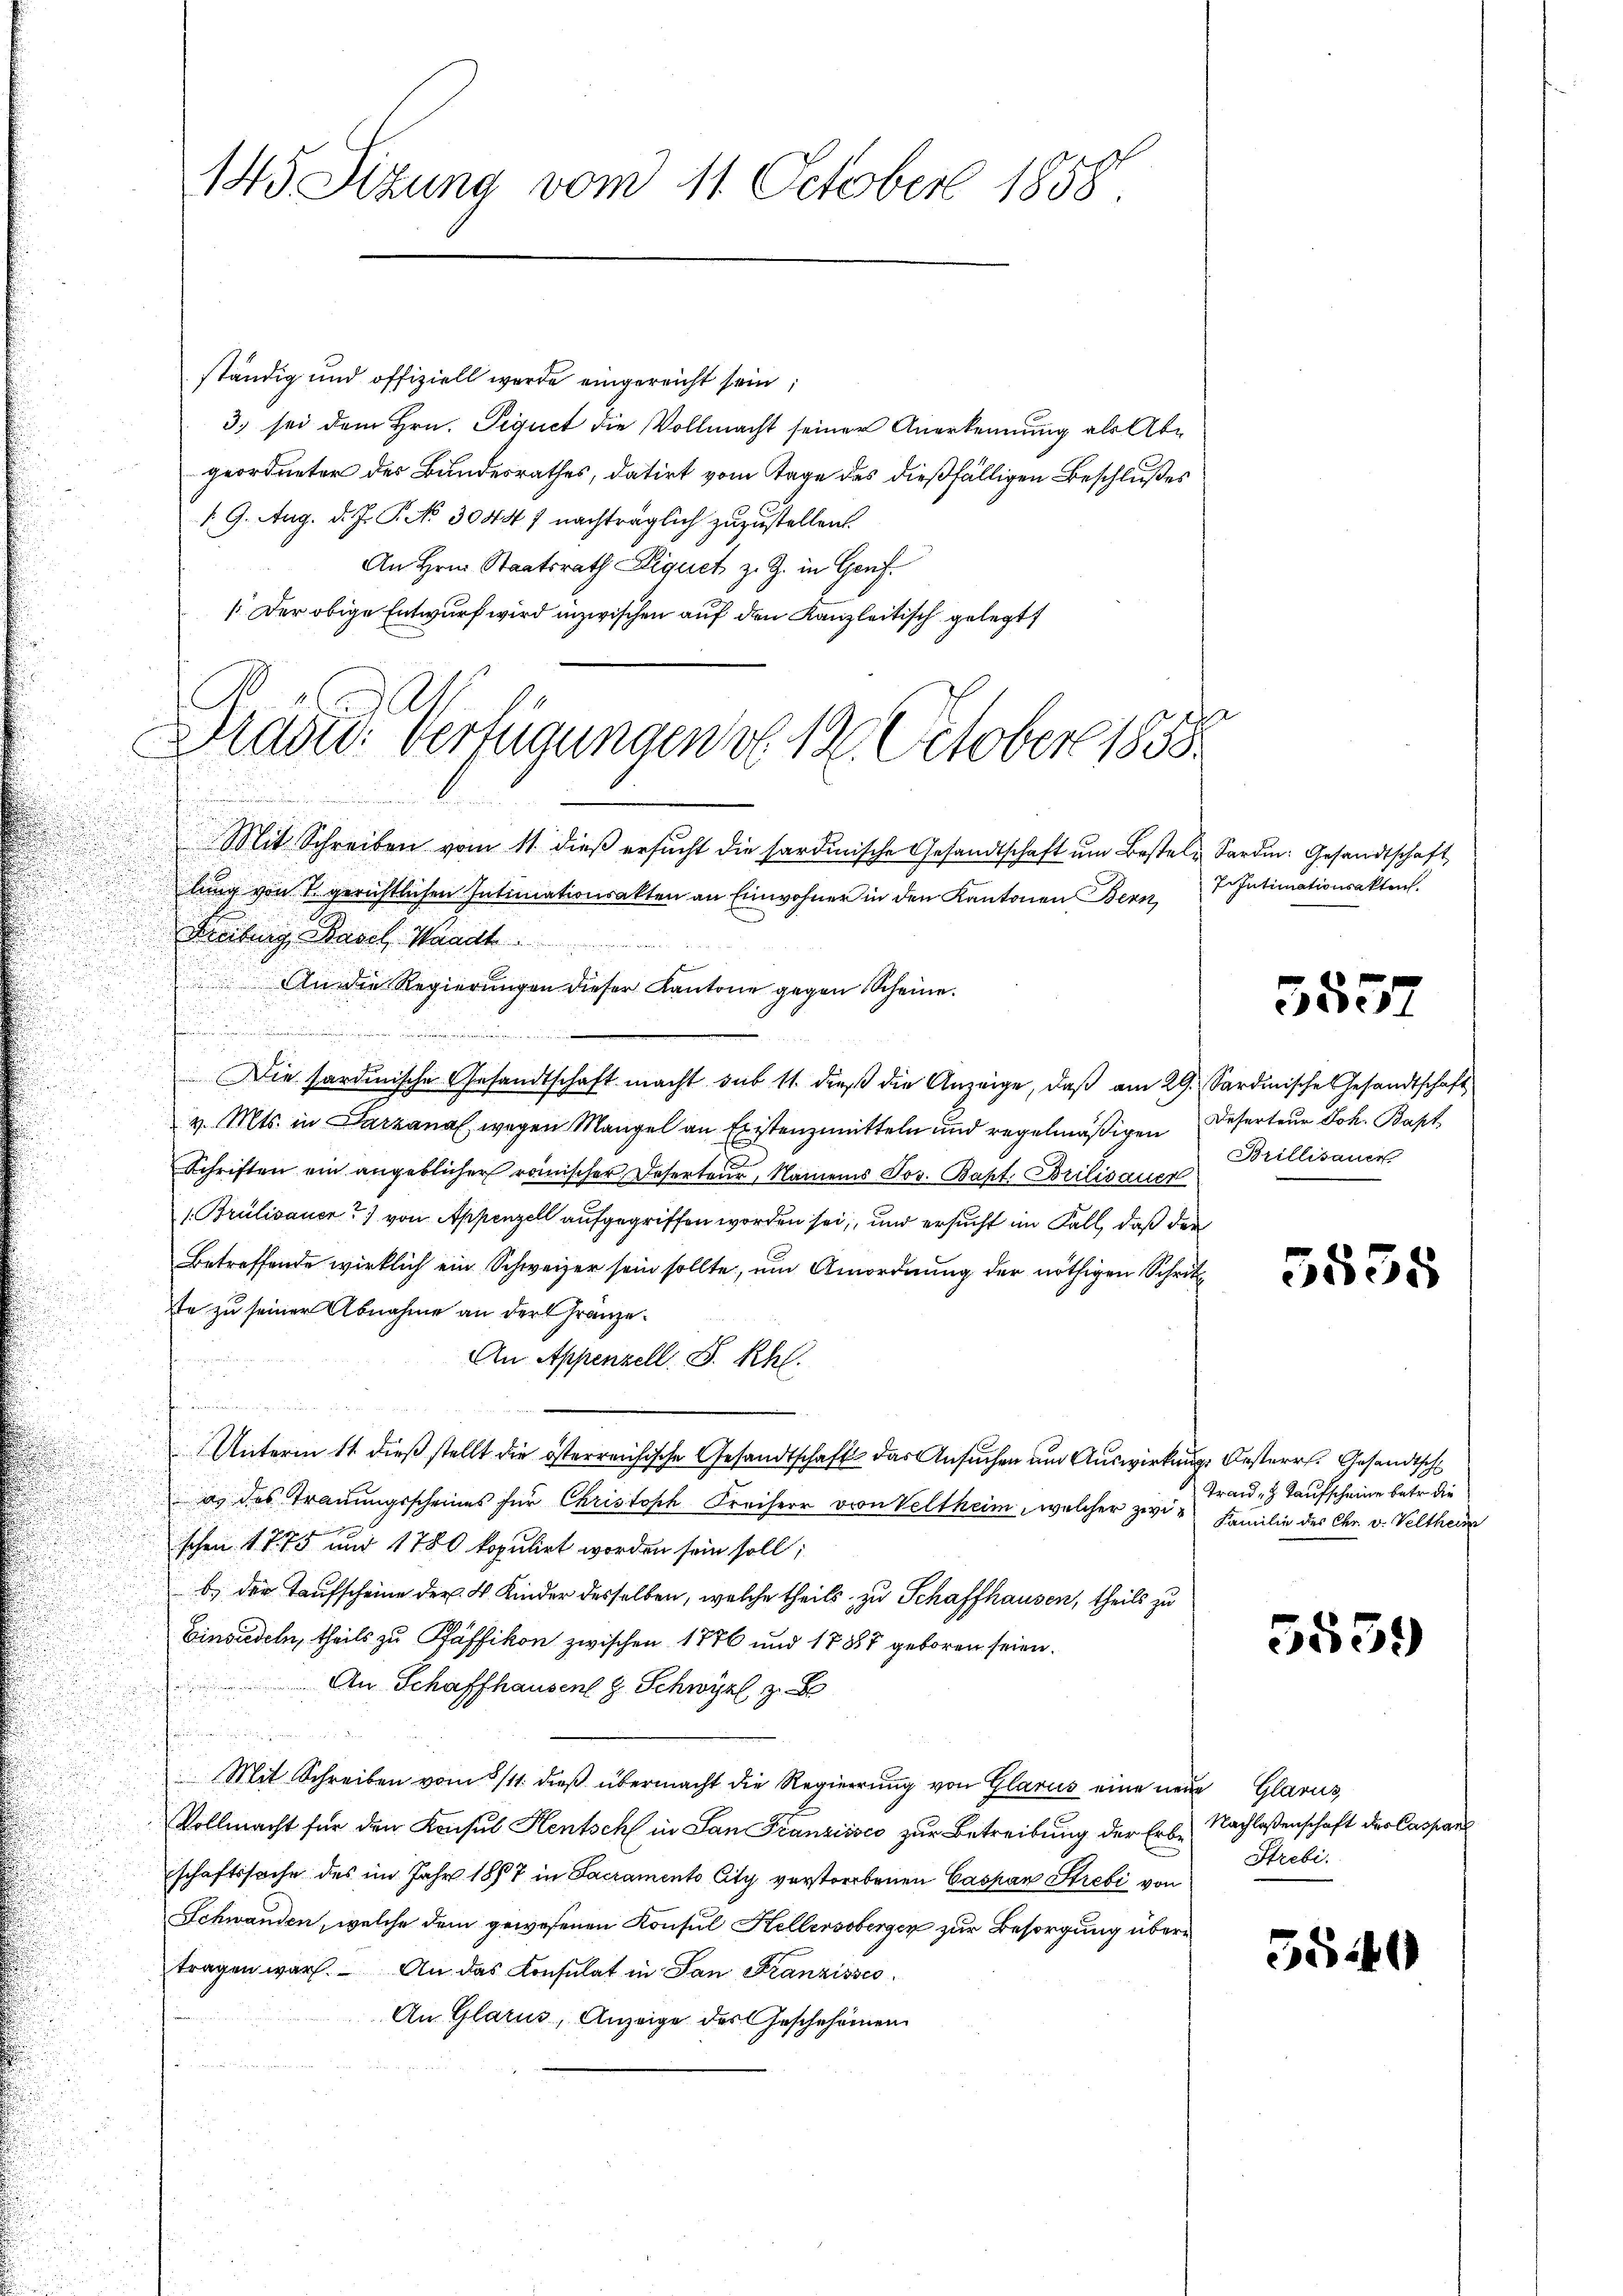
ständig und offiziell werde eingereicht sein;
3) sei dem Hrn. Piquet die Vollmacht seiner Anerkennung als Abgeordneter der Bundesrathes, datirt vom Tage des dießfälligen Beschlußes
§. 9. Aug. d. J. P. No 30447 nachträglich zuzustellen
An Hrn. Staatsrath Liquet z. Z. in Genf.
[Der obige Entwurf wird inzwischen auf den Kanzleitisch gelegt
Mit Schreiben vom 11. dieβ ersŭcht die sardinische Gesandtschaft ŭm Bestel Sardi. Gesandtschaft
lung von 2 gerichtlichen Intimationsakten an Einwohner in den Kantonen Bern,
Freiburg, Basel, Waadt
An die Regierungen dieser Kantone gegen Scheine.

.
menden
Die sardinische Gesandtschaft macht sub 11. dieβ die Anzeige, daβ am 29. Sardinische Gesandtschaft
v. Mts. in Parzanal wegen Mangel an Existenzmitteln und regelmäßigen Deserteur Joh. Bapt
Schriften ein angeblicher reinischer Deserteur, Namens Jos. Bapt. Brilisauer
1 Brulisauer von Appenzell aufgegriffen worden sei, und ersucht im Fall, daß der
Betreffende wirklich ein Schweizer sein sollte, um Anordnung der nöthigen Schritt
te zu seiner Abnahme an der Gränze¬
An Appenzell. D. Rhl.
Unterm 11. dieß stellt die österreichische Gesandtschaft das Ansuchen am Auswirkung Oesterr. Gesandtsch
a. des Trauungsscheines für Christoph Freiherr von Veltheim, welcher zwischon 1775 und 1780 kopulirt worden sein soll;
b.) der Taufscheine der 4 Kinder desselben, welche theils zu Schaffhausen, theils zu
Einsiedeln, theils zu Pfäffikon zwischen 1776 und 1787 geboren seien.
An Schaffhausen z. Schwyz z. B
Mit Schreiben vom 8/11. dieβ übermacht die Regierŭng von Glarus eine neue Glarus,
Vollmacht für den Konsul Hentsch in San Franzisco zur Betreibung der Erbe Nachlassenschaft der Caspar
schaftssache des im Jahr 1887 in Sacramento City verstorbenen Caspar Strebi von
Schwanden, welche dem gewesenen Konsul Hellerssberger zur Besorgung übertragen war. An das Konsulat in San Franzisses
An Glarus, Anzeige des Geschehenen

145 Sizung vom 11. October 1858.

h
Präsid. Verfügungen d. 12. October 1858.

IIntimationsakten.

5557

Brillisauer

5858

Tran- Kaufscheine betr. die
Familie des Chr. v. Veltheim

5559

Strebi.

5540